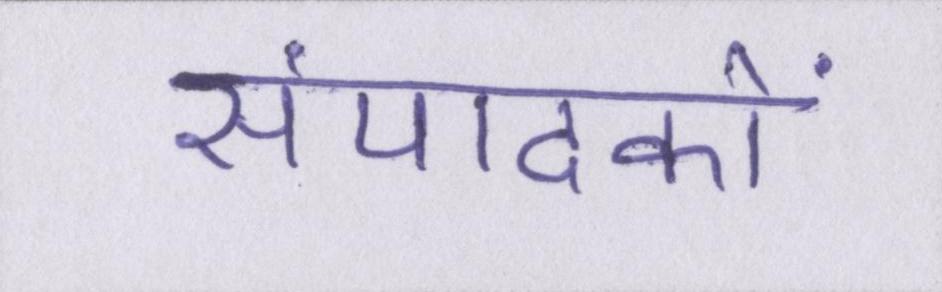
संपादकों